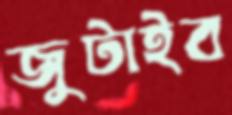
জুটাইব